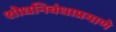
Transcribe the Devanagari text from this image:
शोधनिबंधाप्रमाणे